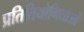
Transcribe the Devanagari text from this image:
प्रतितियोगिताओं